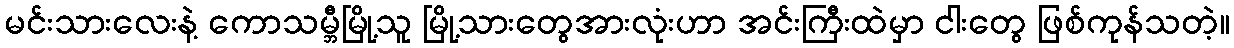
မင်းသားလေးနဲ့ ကောသမ္ဘီမြို့သူ မြို့သားတွေအားလုံးဟာ အင်းကြီးထဲမှာ ငါးတွေ ဖြစ်ကုန်သတဲ့။